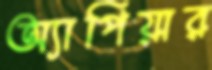
অ্যাপিয়ার